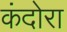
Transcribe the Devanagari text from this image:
कंदोरा